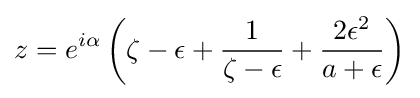
z=e^{i\alpha }\left(\zeta -\epsilon +{\frac {1}{\zeta -\epsilon }}+{\frac {2\epsilon ^{2}}{a+\epsilon }}\right)